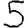
Digit: 5